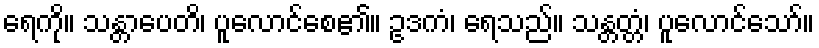
ရေကို။ သန္တာပေတိ၊ ပူလောင်စေ၏။ ဥဒကံ၊ ရေသည်။ သန္တတ္တံ၊ ပူလောင်သော်။